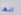
انها